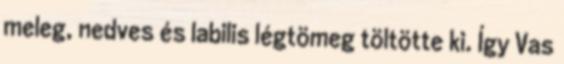
meleg, nedves és labilis légtömeg töltötte ki. Így Vas